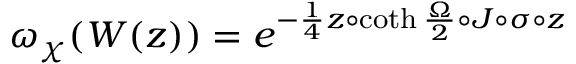
{ \omega } _ { \chi } ( W ( z ) ) = { e } ^ { - { \frac 1 4 } z \circ \coth { { \frac \Omega 2 } } \circ J \circ \sigma \circ z }